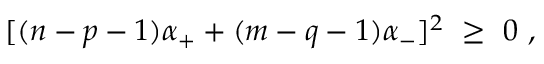
[ ( n - p - 1 ) \alpha _ { + } + ( m - q - 1 ) \alpha _ { - } ] ^ { 2 } \ \geq \ 0 \ ,